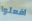
افعلوا